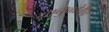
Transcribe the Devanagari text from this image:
यानुकोवीच